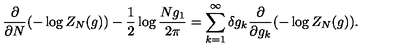
\frac { \partial } { \partial N } ( - \log Z _ { N } ( g ) ) - \frac { 1 } { 2 } \log \frac { N g _ { 1 } } { 2 \pi } = \sum _ { k = 1 } ^ { \infty } \delta g _ { k } \frac { \partial } { \partial g _ { k } } ( - \log Z _ { N } ( g ) ) .